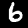
Digit: 6